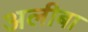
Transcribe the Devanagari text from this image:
अलीबा